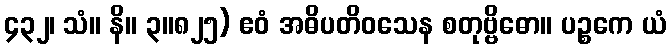
၄၃၂၊ သံ။ နိ။ ၃။၈၂၅) ဧဝံ အဓိပတိဝသေန စတုဗ္ဗိဓော။ ပဉ္စကေ ယံ